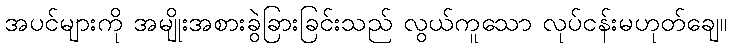
အပင်များကို အမျိုးအစားခွဲခြားခြင်းသည် လွယ်ကူသော လုပ်ငန်းမဟုတ်ချေ။